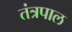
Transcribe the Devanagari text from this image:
तंत्रपाल